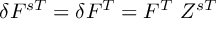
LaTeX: \delta F ^ { s T } = \delta F ^ { T } = F ^ { T } ~ Z ^ { s T }